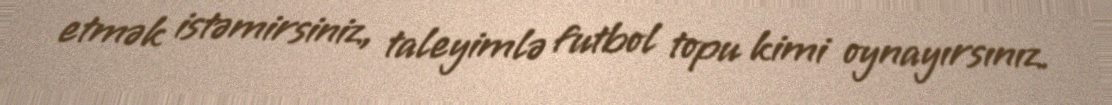
etmək istəmirsiniz, taleyimlə futbol topu kimi oynayırsınız.